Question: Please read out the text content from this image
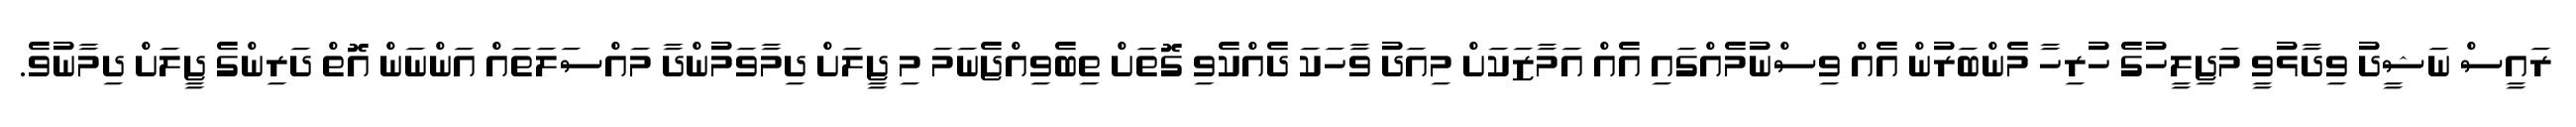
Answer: ރައީސް ނަޝީދު ވިދާޅުވީ މަޖިލީހުގެ ހުރިހާ މެންބަރުން އެއް ވިސްނުމެއްގައި އެއް އަމާޒަކަށް މިއަދު ވާހަކަ ދެއްކެވި ގޮތަށް ތިބެވިއްޖެނަމަ މި ޖީލަށް ދިމާވަމުންދާ މައްސަލަތައް އަންނަން އޮތް ދަރިންގެ ޖީލަށް ދިމާނުވެ.